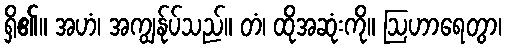
ရှိ၏။ အဟံ၊ အကျွန်ုပ်သည်။ တံ၊ ထိုအဆုံးကို။ ဩဟာရေတွာ၊